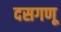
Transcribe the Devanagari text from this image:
दसगणू